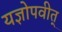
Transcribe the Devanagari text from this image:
यज्ञोपवीत्